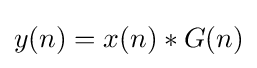
y(n)=x(n)*G(n)